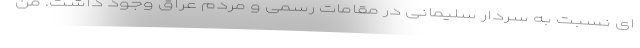
ای نسبت به سردار سلیمانی در مقامات رسمی و مردم عراق وجود داشت. من